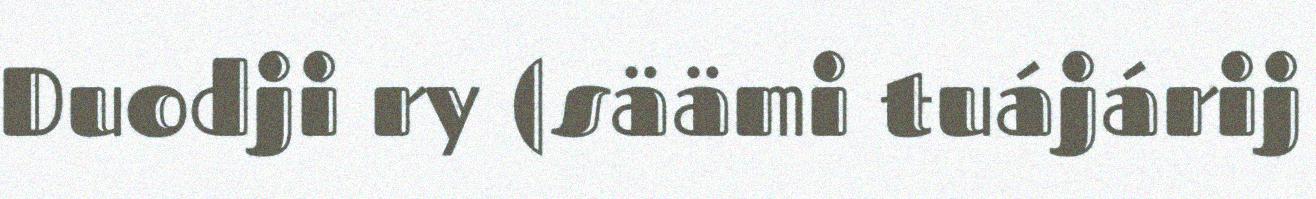
Duodji ry (säämi tuájárij